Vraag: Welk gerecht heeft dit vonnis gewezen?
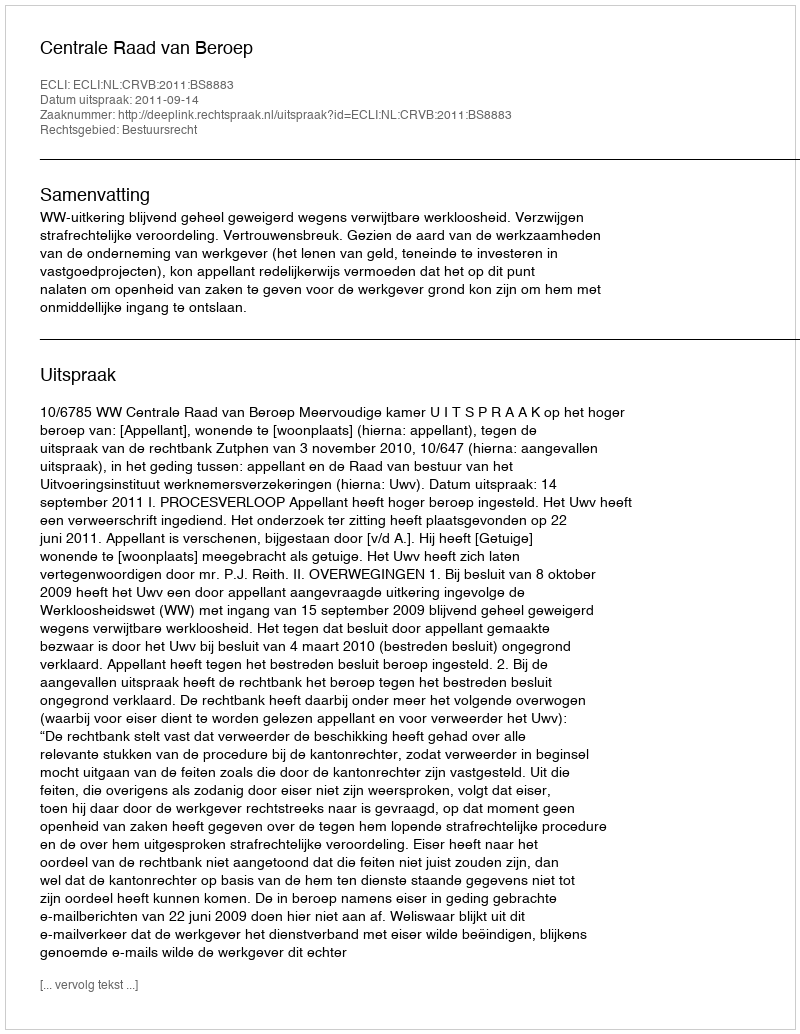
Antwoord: Centrale Raad van Beroep